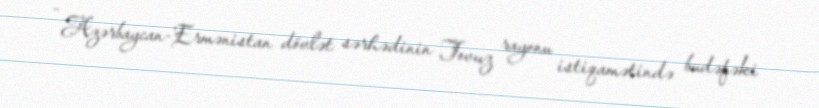
- Azərbaycan-Ermənistan dövlət sərhədinin Tovuz rayonu istiqamətində budəfəki